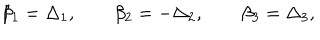
LaTeX: \beta _ { 1 } = \Delta _ { 1 } , \qquad \beta _ { 2 } = - \Delta _ { 2 } , \qquad \beta _ { 3 } = \Delta _ { 3 } ,